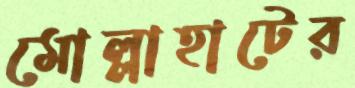
মোল্লাহাটের